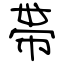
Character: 帯